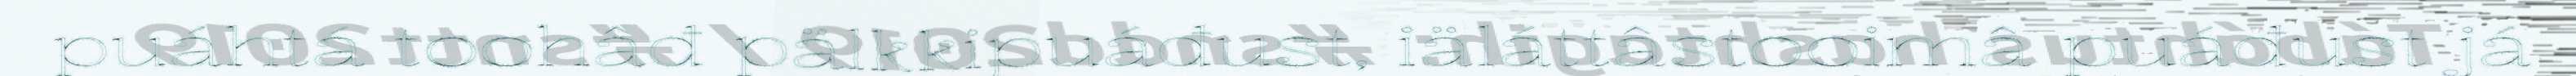
puáhtá toohâđ pälkkipuáđust, iäláttâstooimâ puáđust já